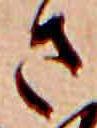
さ